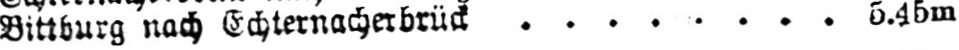
Bittburg nach Echternacherbruck ........ 5.45m